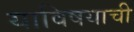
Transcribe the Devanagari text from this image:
याविषयाची